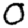
Digit: 0